Suure-Kopu_vallavalitsus, lk 67
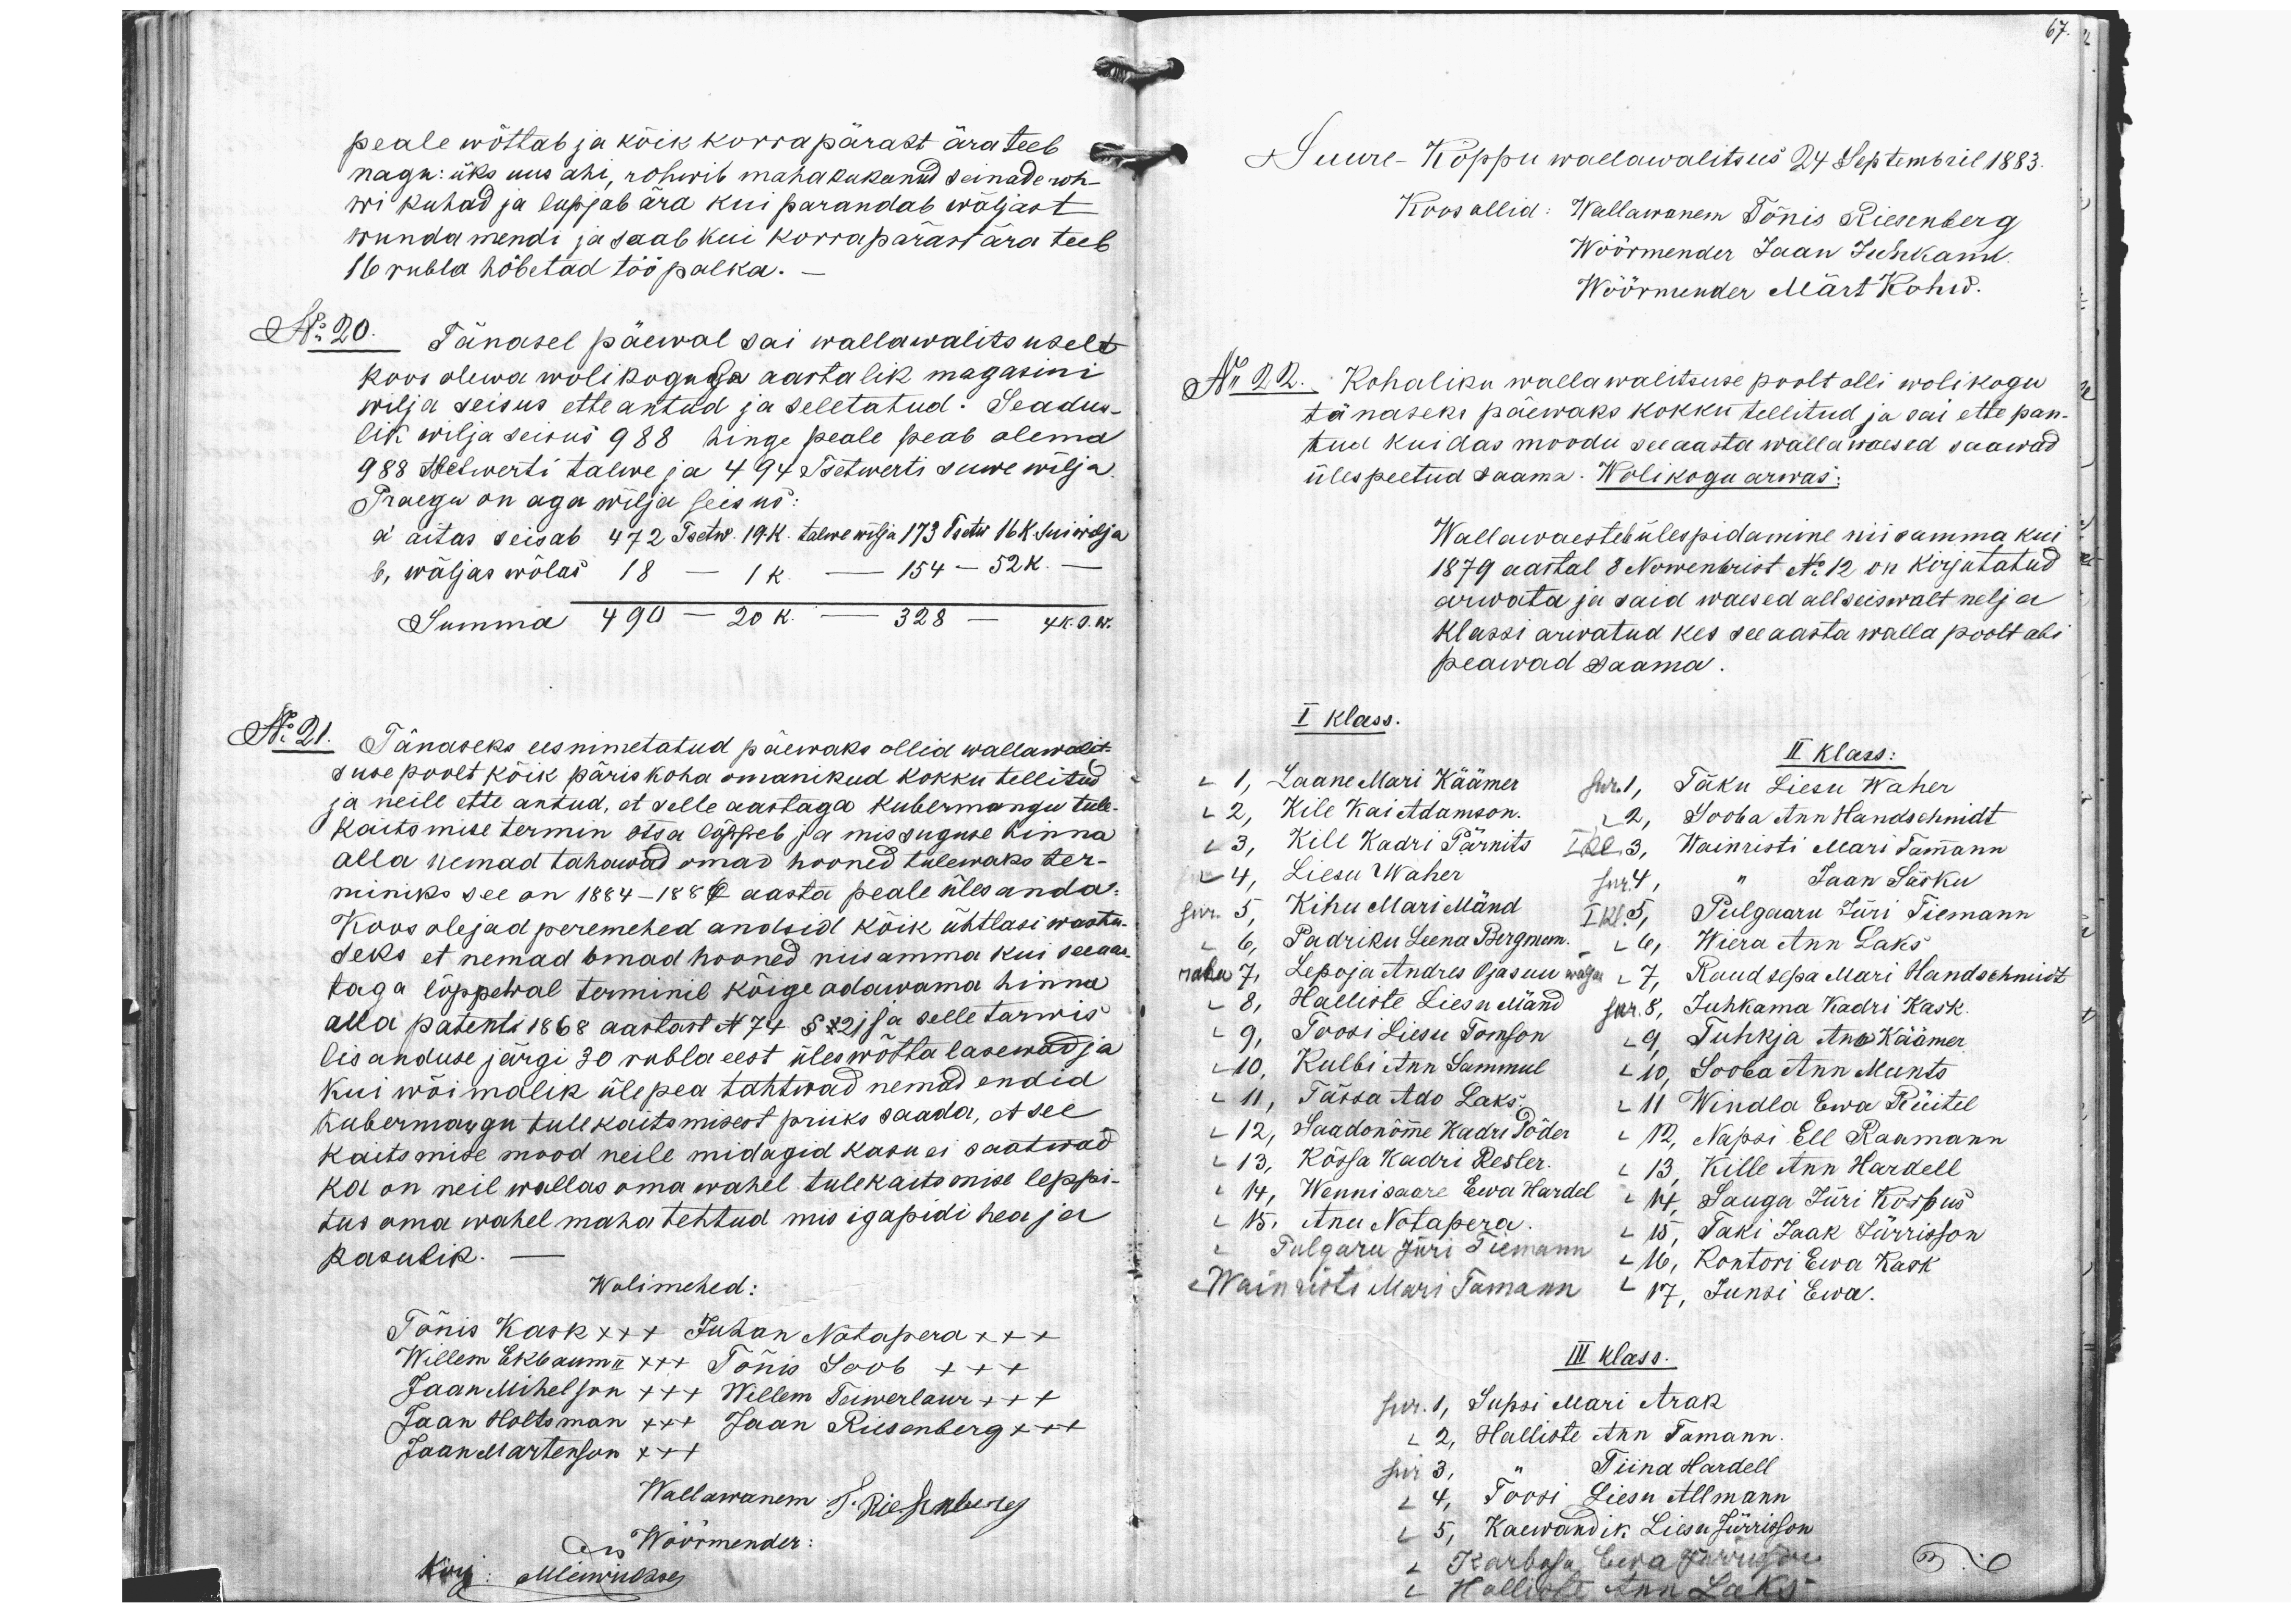
peale wõttab ja kõik korra pärast ära teeb
nagu: üks uus ahi, rohwib maha kukunud seinade roh-
wi kuhad ja lupjab ära kui parandab wäljast
wunda mendi ja saab kui korrapärast ära teeb
16 rubla hõbetad töö palka. -
No 20. Tänasel päewal sai wallawalitsuselt
koos olewa wolikogule aastalik magasini
wilja seisus etteantud ja seletatud. Seadus-
lik wilja seisus 988 hinge peale peab olema
988 Tsetwerti talwe ja 494 Tsetwerti suwe wilja.
Praegu on aga wilja seisus:
a) aitas seisab 472 Tsetw. 19 K. talwe wilja 173 Tsetw 16 K. Sui wilja
b) wäljas wõlas 18 - 1 K - 154 - 52K. -
Summa 490 - 20 K. -328 - 4 K. s. w.
No 21. Tänaseks eesnimetatud päewaks ollid wallawalit-
suse poolt kõik päris koha omanikud kokku tellitud
ja neile ette antud, et selle aastaga Kubermangu tule-
kaitsmise termin otsa lõppeb ja missuguse hinna
alla nemad tahawad omad hooned tulewaks ter-
miniks see on 1884-1887 aasta peale üles anda:
Koos olejad peremehed andsid kõik ühtlasi wastu-
seks et nemad omad hooned niisamma kui seeaas
taga lõppewal terminil kõige odawama hinna
alla patenti 1868 aastast No 74 §121 iga selle tarwis
lisanduse järgi 30 rubla eest üleswõtta lasewad ja
kui wõimalik ülepea tahtwad nemad endid
Kubermangu tule kaitamisest priiks saada, et see
Kaitsmise mood neile midagid kasu ei saatwad
ka on neil wallas oma wahel tulekaitamise leppi-
tus oma wahel maha tehtud mis igapidi hea ja
kasulik.
Wolimehed:
Tõnis Kask xxx Juhan Notapera xxx
Willem Ekbaum II x++ Tõnis Soob +++
Jaan Mihelson +++ Willem Teiwerlaur +++
Jaan Holtsman +++ Jaan Riesenberg x++
Jaan Martenson x++
Wallawanem J. Riesenberg
on Wöörmender
Kirj: Millerwitsse,
67.
Suure-Koppu wallawalitsus 24 Septembril 1883.
Koos allid: Wallawanem Tõnis Riesenberg
Wöörmander Jaan Juhkamb.
Wöörmander Märt Kohw.
Nr 22. Kohaliku wallawalitsuse poolt olli wolikogu
tänaseks päewaks kokku tellitud ja sai ette pan-
tud kuidas moodu see aasta wallawaesed saawad
ülespeetud saama. Wolikogu arwas:
Wallawaestele ülespidamine nii samma kui
1879 aastal 8 Nowembrist No 12 on kirjutatud
arwata ja said waesed allseiswalt nelja
klassi arwatud kes see aasta walla poolt abi
peawad saama.
I klass.
II klass:
L 1, Laane Mari Käämer, sur. 1, Taku Liesu Waher
L 2. Kile Kai Adamson. L 2, Looba Ann Hansschmidt
L 3. Kile Kadri Pärnits I kl 3, Wainristi Mari Tammann
L 4, Liesu Waher, sur 4,  "  Jaan Säsku
sur. 5, Kihu Mari Mänd I kl 5, Pulgaaru Jüri Tiemann
L 6, Padriku Leena Bergmann L 6, Wiera Ann Laks
raha 7, Lepoja Andres Ojasuu wälja L 7, Raudsepa Mari Handschmidt
L 8, Halliste Liesn Mänd sur 8, Juhkama Kadri Kask.
L 9, Toosi Liisu Tomson L 9, Tuhkja Ano Käämer,
L 10, Kulbi Ann Sammul - L 10, Sooba Ann Munts
L 11", Täna Ado Laks.  L 11, Kindla Ewa Rüitel
L 12, Saadanõme Kadri Sõder L 12, Napsi Ell Raumann
L 13, Kõssa Kadri Resler. L 13, Kille Ann Hartell.
L 14, Wennisaare Ewa Hartel L 14, Sauga Jüri Korpus
L 15. Anu Notapera. L 15, Taki Jaak Jürrisson
Pulgaru Jüri Siemann - L 16, Kontori Ewa Kask
L Wainristi Mari Tamann - L 17, Junsi Ewa
III klass.
sur. 1, Supsi Mari Arak
L 2, Halliste Ann Tamann
sur 3, " Tiina Hardell
1 4, Toosi Liesu Allmann
L 5, Kaewandik Liesu Jürrison
L Karbasa, Ewa Jürrison
L Halliste Ann Laks